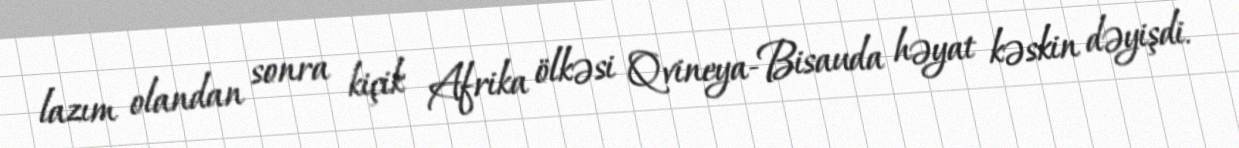
lazım olandan sonra kiçik Afrika ölkəsi Qvineya-Bisauda həyat kəskin dəyişdi.